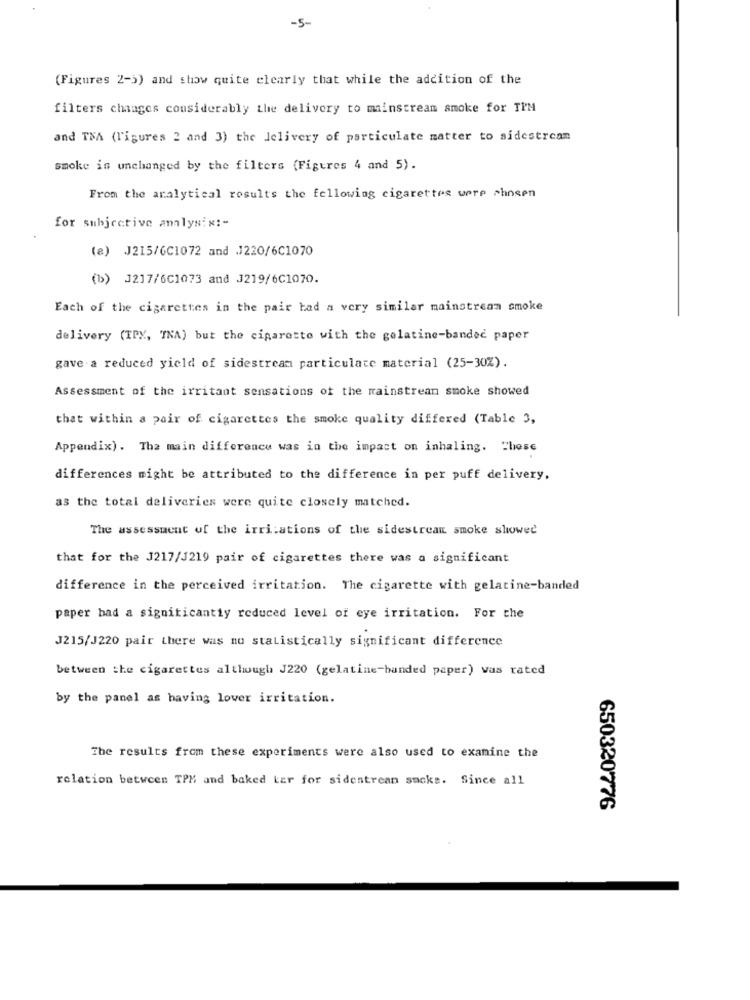
-5-
(Figures 2-3) and show quite clearly that while the addition of the
filters changes considerably the delivery to mainstream smoke for TPM
and TNA (Figures 2 and 3) the delivery of particulate matter to sidestream
smoke is unchanged by the filters (Figures 4 and 5).
From the analytical results the following cigarettes were chosen
for subjective analysis :-
(a) J215/6C1072 and J220/6C1070
(b) J217/6C1073 and J219/6C1070.
Each of the cigarettes in the pair had a very similar mainstream smoke
delivery (TPX, TNA) but the cigarette with the gelatine-banded paper
gave a reduced yield of sidestream particulate material (25-30%).
Assessment of the irritant sensations of the mainstream smoke showed
that within a pair of cigarettes the smoke quality differed (Table 3,
Appendix). The main difference was in the impact on inhaling. Chose
differences might be attributed to the difference in per puff delivery.
as the total deliveries were quite closely matched.
The assessment of the irri:ations of the sidestream smoke showed
that for the J217/1219 pair of cigarettes there was a significant
difference in the perceived irritation. The cigarette with gelatine-banded
paper had a significantiy reduced level of eye irritation. For the
J215/J220 pair there was no statistically significant difference
between the cigarettes although J220 (gelatine-banded paper) was rated
by the panel as having lover irritation.
The results from these experiments were also used to examine the
relation between TPM and baked Ler for sidestream sacks. Since all
650320776